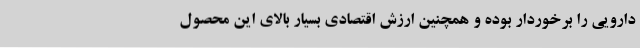
دارویی را برخوردار بوده و همچنین ارزش اقتصادی بسیار بالای این محصول